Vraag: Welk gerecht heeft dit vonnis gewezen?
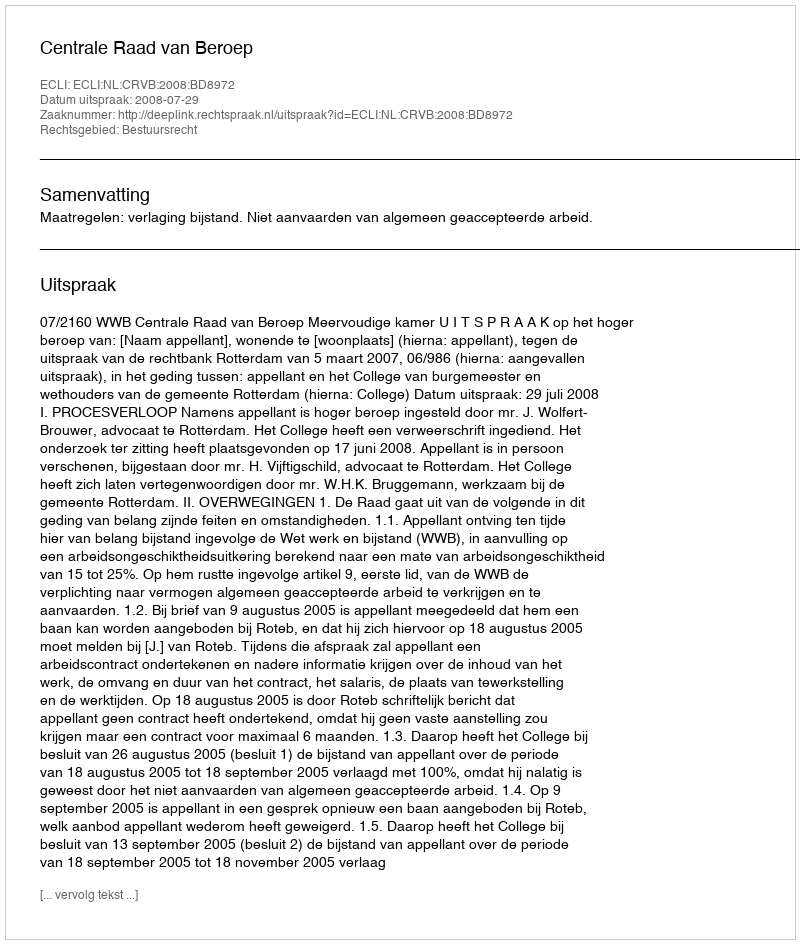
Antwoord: Centrale Raad van Beroep